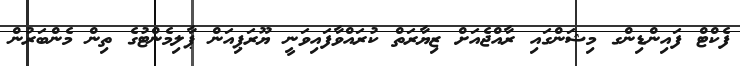
ފެކްޓް ފައިންޑިންގ މިޝަންގައި ރާއްޖެއަށް ޒިޔާރަތް ކުރައްވާފައިވަނީ ޔޫރަޕިއަން ޕާލިމެންޓުގެ ތިން މެންބަރުން